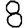
Digit: 8